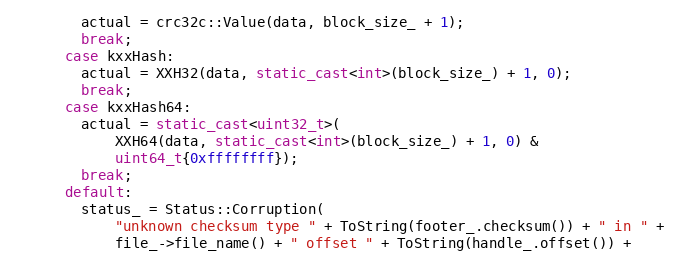
Language: C++
        actual = crc32c::Value(data, block_size_ + 1);
        break;
      case kxxHash:
        actual = XXH32(data, static_cast<int>(block_size_) + 1, 0);
        break;
      case kxxHash64:
        actual = static_cast<uint32_t>(
            XXH64(data, static_cast<int>(block_size_) + 1, 0) &
            uint64_t{0xffffffff});
        break;
      default:
        status_ = Status::Corruption(
            "unknown checksum type " + ToString(footer_.checksum()) + " in " +
            file_->file_name() + " offset " + ToString(handle_.offset()) +